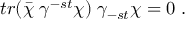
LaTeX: t r ( \bar { \chi } \; \gamma ^ { - s t } \chi ) \; \gamma _ { - s t } \chi = 0 \ .